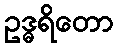
ဥဒ္ဓရိတော